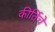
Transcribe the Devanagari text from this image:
कीर्तिचे